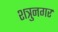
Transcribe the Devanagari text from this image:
शत्रुनगर